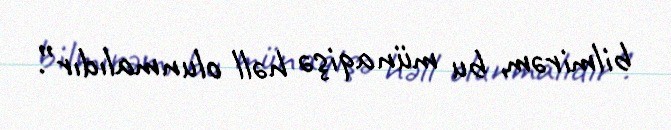
bilmirəm, bu münaqişə həll olunmalıdır”.